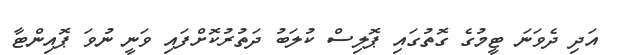
އަދި ދެވަނަ ޓީމުގެ ގޮތުގައި ޕޮލިސް ކުލަބު ދަތުރުކޮށްފައި ވަނީ ނުވަ ޕޮއިންޓާ